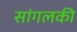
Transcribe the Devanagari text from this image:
सांगलकी